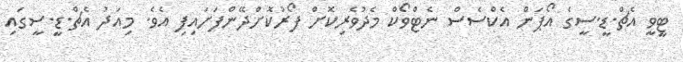
ޓީވީ އެޗް.ޑީ.ސީގެ އޯޕަން އެކްސެސް ނެޓްވޯކް މެދުވެރިކޮށް ފޯރުކޮށްދޭންފަށައިފި އެވެ. މިއަދު އެޗް.ޑީ.ސީގައި